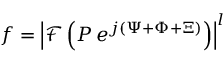
f = \left| { \mathcal { F } \left( P \, e ^ { j \left( { \Psi + \Phi + \Xi } \right) } \right) } \right| ^ { l }